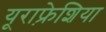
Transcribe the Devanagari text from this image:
यूराफ़्रेशिया